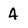
Character: 4